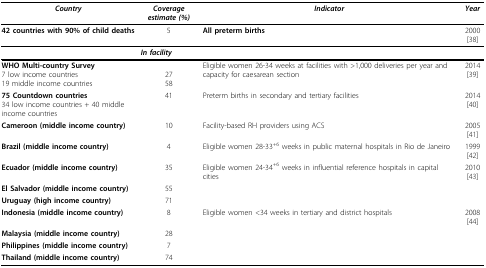
| Country | Coverage estimate (%) | Indicator | Year |
 | --- | --- | --- | --- |
 | 42 countries with 90% of child deaths | 5 | All preterm births | 2000 [38] |
 |  | <COLSPAN=2> In facility |  |
 | WHO Multi-country Survey7 low income countries19 middle income countries | 2758 | Eligible women 26-34 weeks at facilities with >1,000 deliveries per year and capacity for caesarean section | 2014 [39] |
 | 75 Countdown countries34 low income countries + 40 middle income countries | 41 | Preterm births in secondary and tertiary facilities | 2014 [40] |
 | Cameroon (middle income country) | 10 | Facility-based RH providers using ACS | 2005 [41] |
 | Brazil (middle income country) | 4 | Eligible women 28-33+6 weeks in public maternal hospitals in Rio de Janeiro | 1999 [42] |
 | Ecuador (middle income country) | 35 | Eligible women 24-34+6 weeks in influential reference hospitals in capital cities | 2010 [43] |
 | El Salvador (middle income country) | 55 |  |  |
 | Uruguay (high income country) | 71 |  |  |
 | Indonesia (middle income country) | 8 | Eligible women <34 weeks in tertiary and district hospitals | 2008 [44] |
 | Malaysia (middle income country) | 28 |  |  |
 | Philippines (middle income country) | 7 |  |  |
 | Thailand (middle income country) | 74 |  |  |